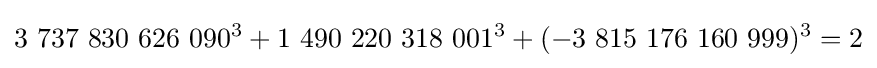
3\ 737\ 830\ 626\ 090^{3}+1\ 490\ 220\ 318\ 001^{3}+(-3\ 815\ 176\ 160\ 999)^{3}=2